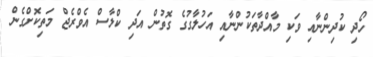
ހޯދި ކުދިންނާއި ވަކި މާއްދާތަކުންނާއި އަހުލާގުގެ ގޮތުން އަދި ކްލާސް އެވްރެޖް މަތިކޮށްގެން